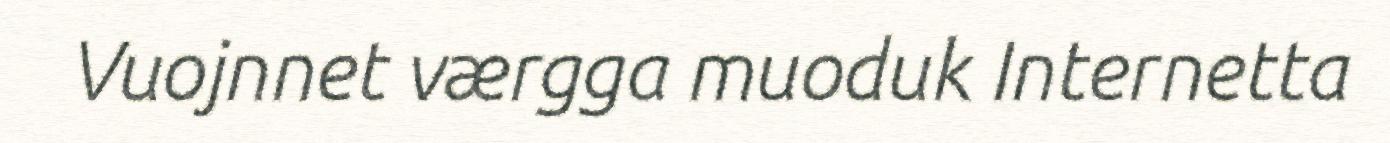
Vuojnnet værgga muoduk Internetta